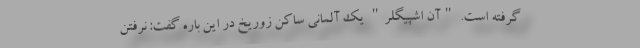
گرفته است. "آن اشپیگلر" یک آلمانی ساکن زوریخ در این باره گفت: نرفتن